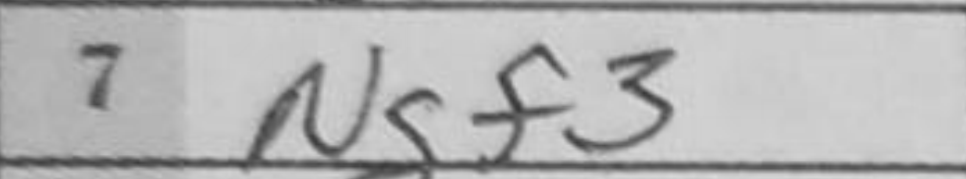
Transcription: Ngf3